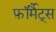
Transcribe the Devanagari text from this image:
फ़ॉर्मैट्स